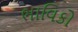
ભાવિકો